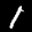
Label: 1